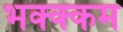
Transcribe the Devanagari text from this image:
भक्‍क्‍कम